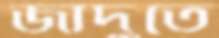
জাদুতে